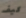
كيف